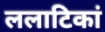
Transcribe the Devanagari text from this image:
ललाटिकां